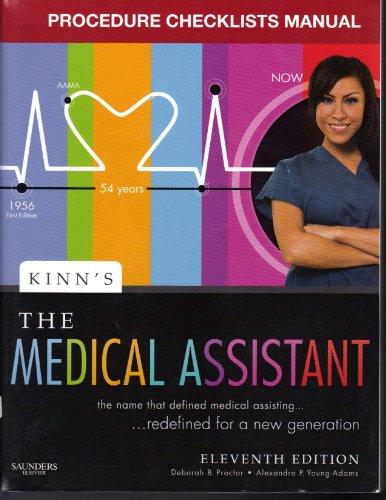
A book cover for Procedure Checklist Manual, Kinn's The Medical Assistant: An Applied Learning Approach; Deborah B. Proctor; Medical Books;